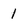
Character: 1